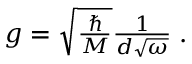
\begin{array} { r } { g = \sqrt { \frac { \hbar } { M } } \frac { 1 } { d \sqrt { \omega } } \; . } \end{array}